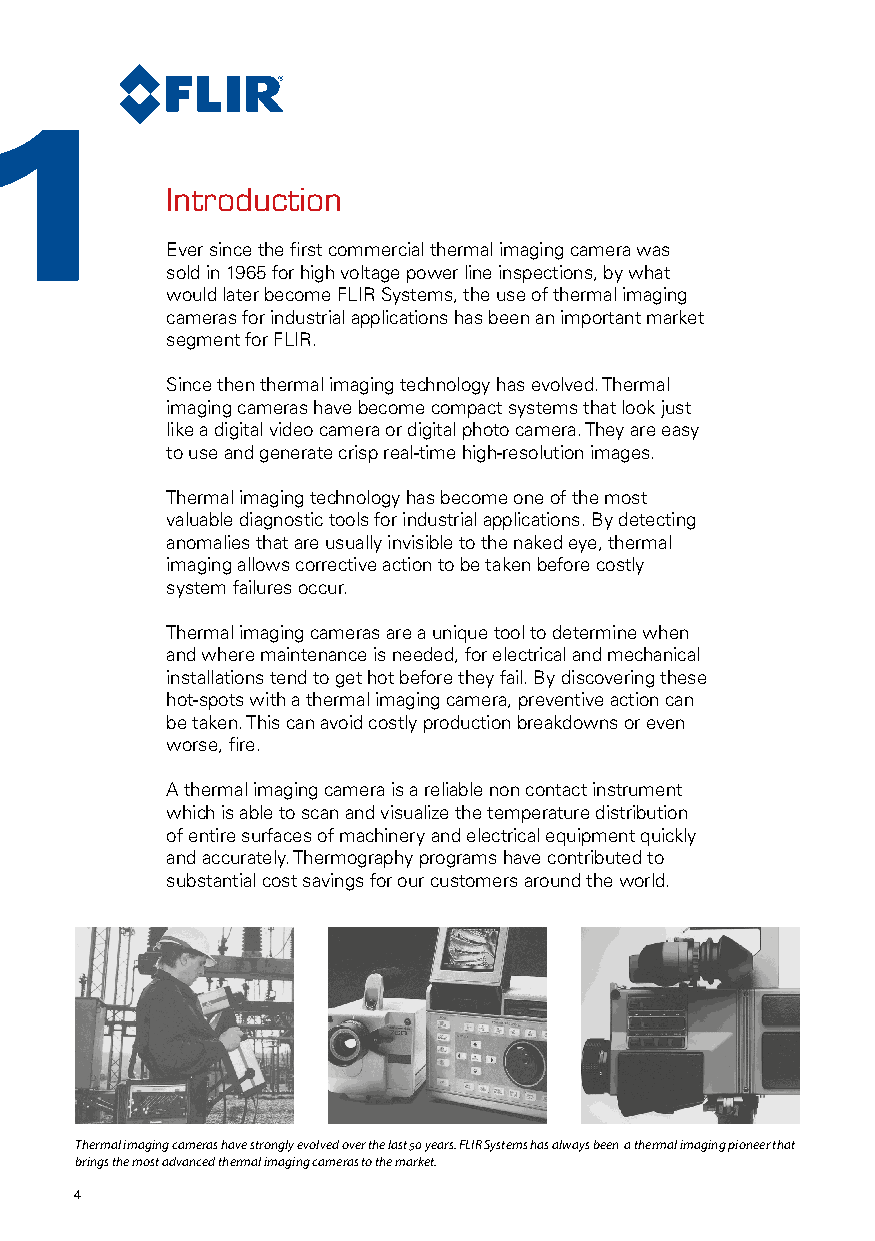
1
 Introduction
 Ever since the first commercial thermal imaging camera was
 sold in 1965 for high voltage power line inspections, by what
 would later become FLIR Systems, the use of thermal imaging
 cameras for industrial applications has been an important market
 segment for FLIR.
 Since then thermal imaging technology has evolved. Thermal
 imaging cameras have become compact systems that look just
 like a digital video camera or digital photo camera. They are easy
 to use and generate crisp real-time high-resolution images.
 Thermal imaging technology has become one of the most
 valuable diagnostic tools for industrial applications. By detecting
 anomalies that are usually invisible to the naked eye, thermal
 imaging allows corrective action to be taken before costly
 system failures occur.
 Thermal imaging cameras are a unique tool to determine when
 and where maintenance is needed, for electrical and mechanical
 installations tend to get hot before they fail. By discovering these
 hot-spots with a thermal imaging camera, preventive action can
 be taken. This can avoid costly production breakdowns or even
 worse, fire.
 A thermal imaging camera is a reliable non contact instrument
 which is able to scan and visualize the temperature distribution
 of entire surfaces of machinery and electrical equipment quickly
 and accurately. Thermography programs have contributed to
 substantial cost savings for our customers around the world.
 Thermal imaging cameras have strongly evolved over the last 50 years. FLIR Systems has always been a thermal imaging pioneer that
 brings the most advanced thermal imaging cameras to the market.
 4